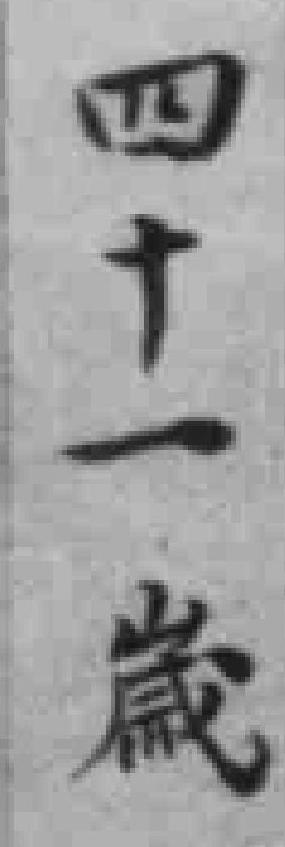
四十一嵗